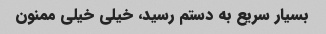
بسیار سریع به دستم رسید، خیلی خیلی ممنون